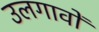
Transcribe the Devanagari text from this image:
उलगावों